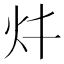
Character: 𱪨